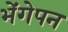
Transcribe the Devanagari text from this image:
भेंगेपन